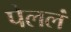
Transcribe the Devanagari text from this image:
पेललं